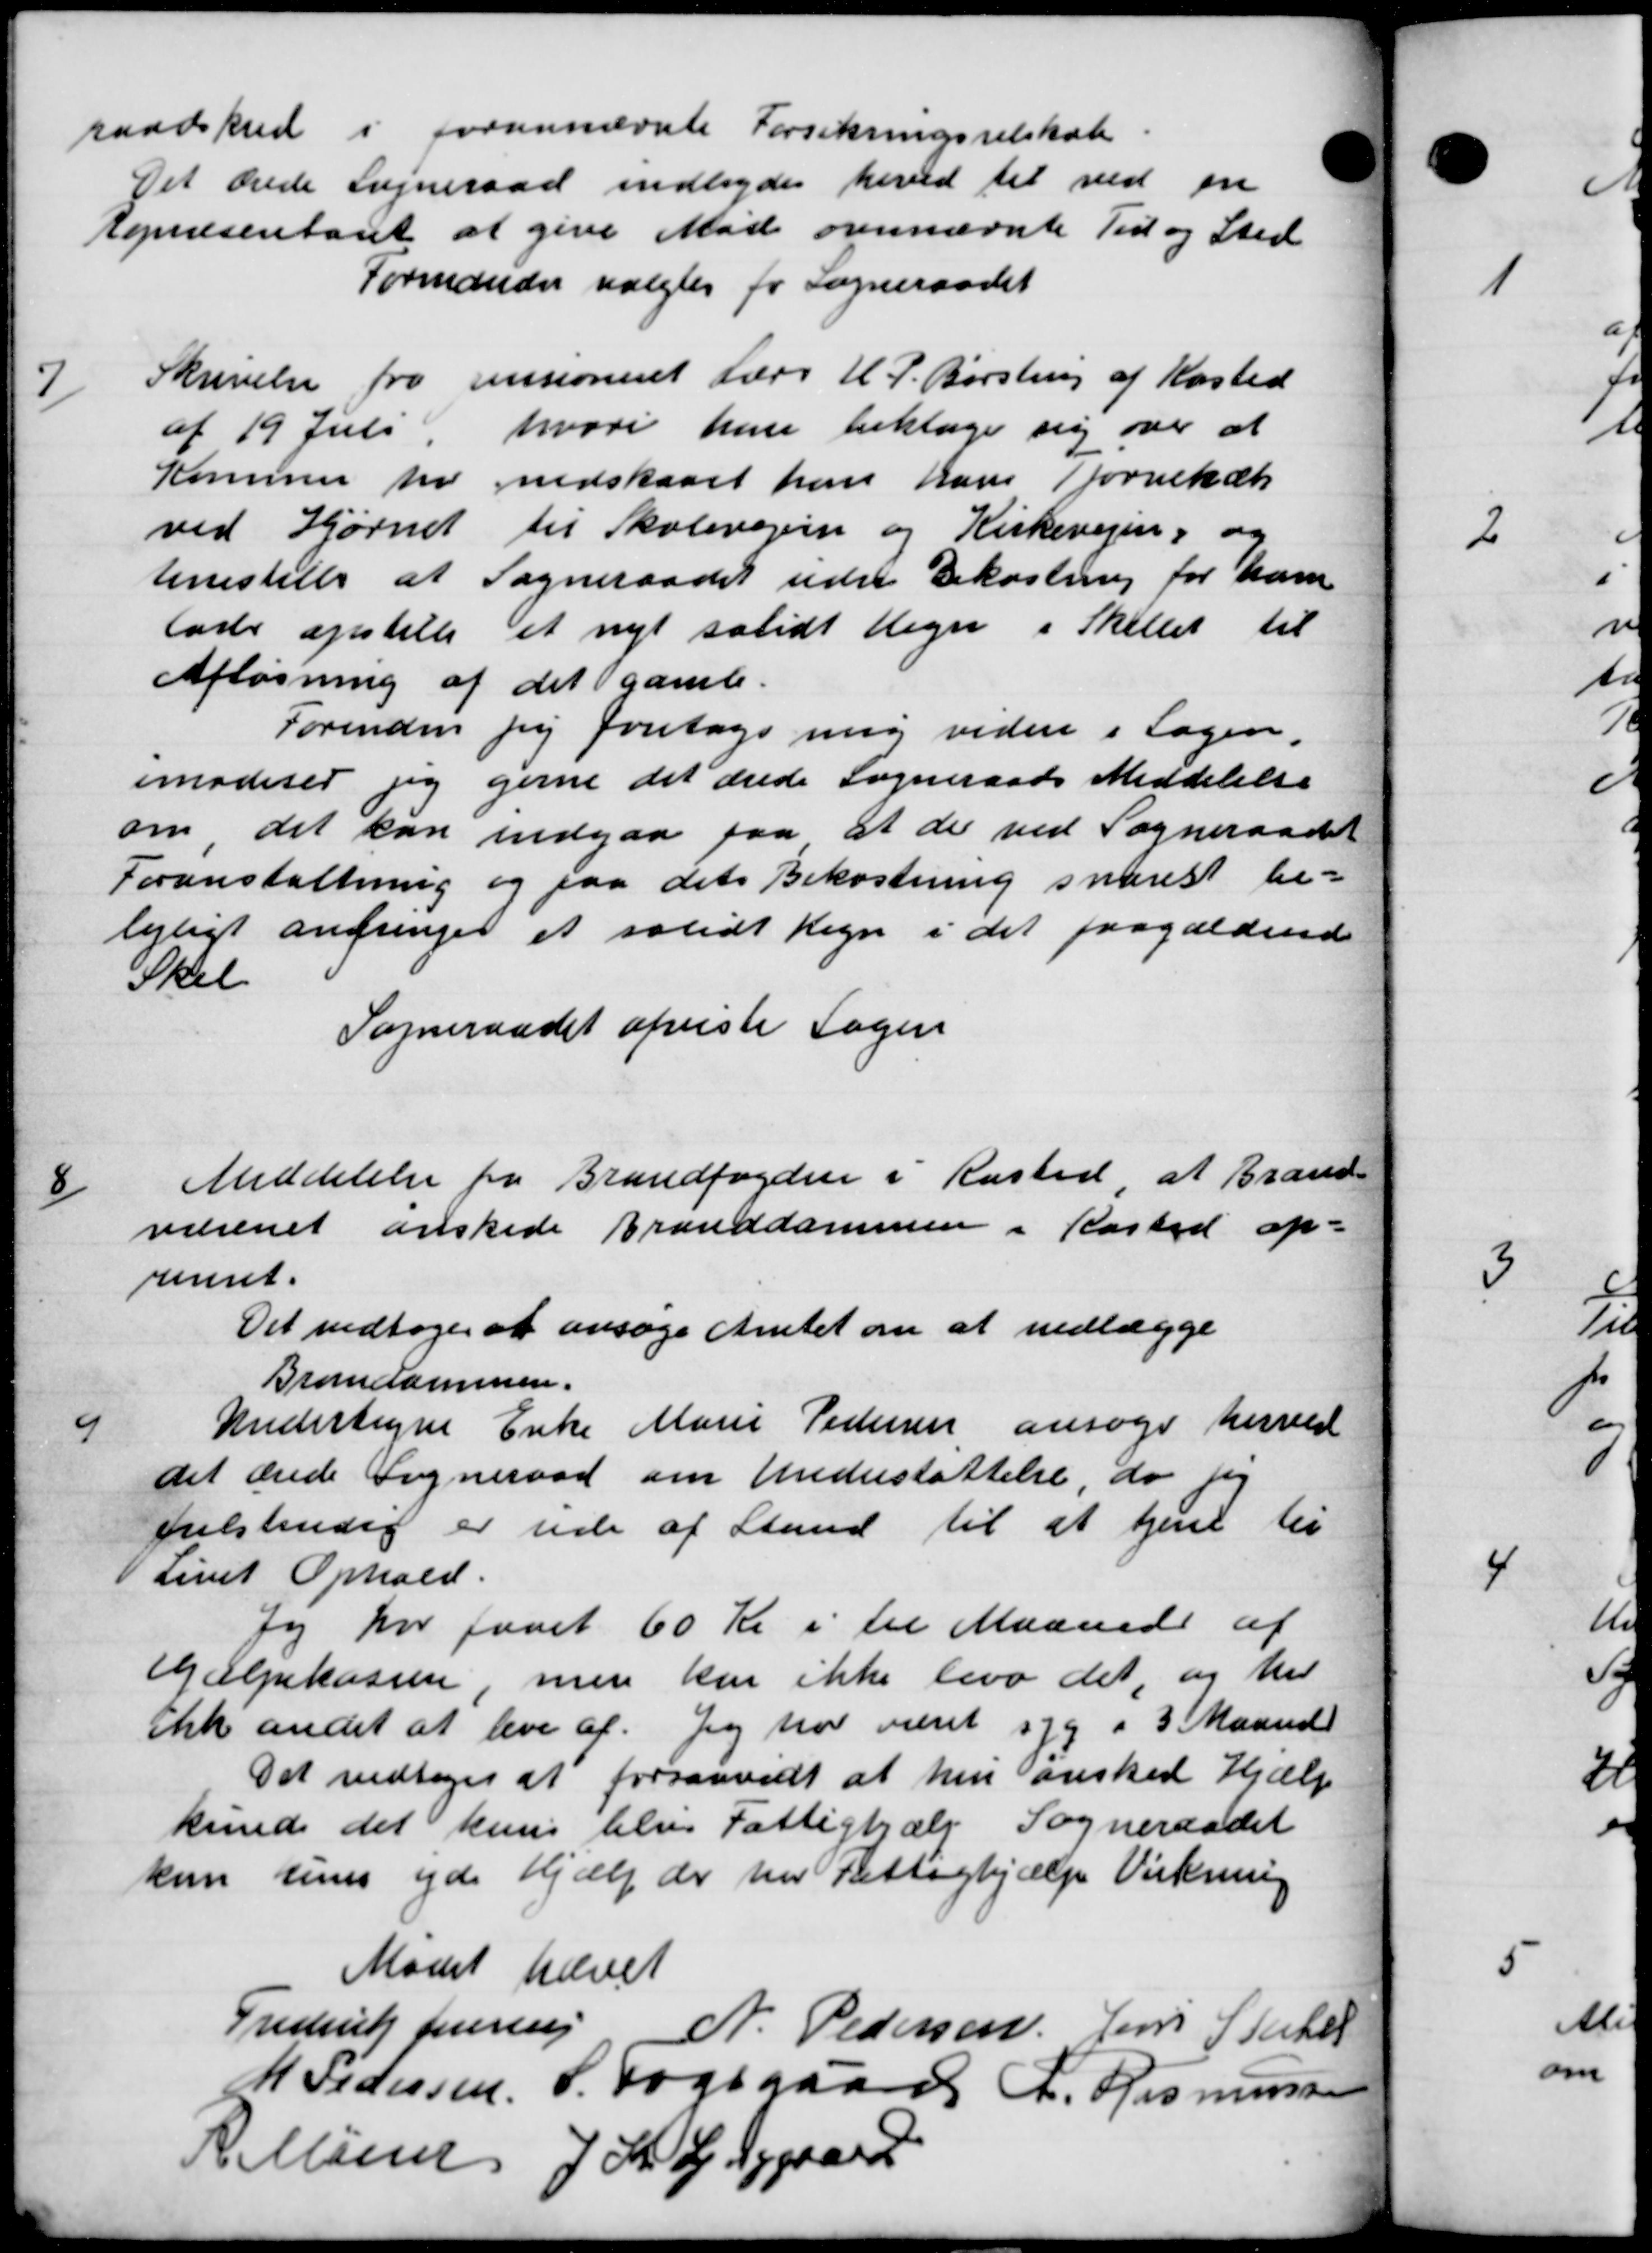
Transskription:
raadskred i forannævnte Forsikringsselskab
Det ærede Sogneraad indlagdes heved til ved en
Repræsentaret at give Møde ovennævnte Tid og Sted
Formanden valgtes for Sogneraadet
7
Skrivelse fra Jensionset Lærer H. P. Børsling af Kasted
af 19 Juli, hvori han beklage sig over at
Kommer for nedskabet han hans Tjørnekær
ved Hjørnet til Skolevejen og Kirkevejen, og
Uinestille at Sogneraadet sidste Bekostning for ham
lade opstille et nyt solidt Regn i Skellet til
Afløsning af det gamle.
Forinden sig foretage mig videre i Sagen.
imoderes jeg gerne det ærede Sogneraads Meddelelse
om det kan indgaa paa at der ved Sogneraadet
Foranstaltning og paa dets Bekostning snarest be-
lejligt andringer et solidt Regn i det paagældende
Skel
Sogneraadet afviste Sagen
8
Meddelelse fra Brandfogden i Rasted at Brand-
væsenet ønskede Branddammen i Kasted op-
remset.
Det vedtoges at ansøge Amtet om at nedlægge
Brandammen.
9
Kndertegne Enke Marie Pedersen ansøge herved
det ærede Sogneraad om Understøttelse, do for
tilstendig er ude af Stand til at tjent til
Livet Ophold.
Jeg har faaet 60 Kr i til Maaned af
Hjælpekassen, men kan ikke levo det, og her
Enke andet at leve af. Jeg har været syg i 3 Maaned
Det vedtoges at forsaavidt at hun ønsked Hjælp
kunde det kun belve Fattighjælp Sogneraadet
kun rins yde Hjælp der har Fattighjælp Virkning
Mødet hævet
Frederik Jersn
N. Pedersen Jens Stater
M Pedersen P. Fogsgaards L. Rasmussen
R Murer J. K. Giggaard